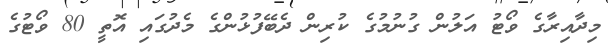
މިދާއިރާގެ ވޯޓު އަލުން ގުނުމުގެ ކުރިން ދެބޭފުޅުންގެ މެދުގައި އޮތީ 80 ވޯޓުގެ